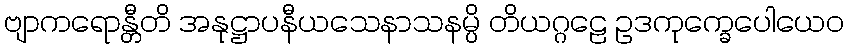
ဗျာကရောန္တီတိ အနုဋ္ဌာပနီယသေနာသနမ္ပိ တိယဂ္ဂဠေ ဥဒကုက္ခေပေါယေဝ